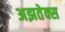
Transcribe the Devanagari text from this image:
अझतेक्स